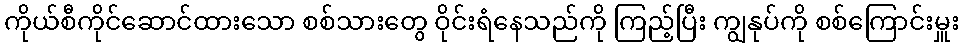
ကိုယ်စီကိုင်ဆောင်ထားသော စစ်သားတွေ ဝိုင်းရံနေသည်ကို ကြည့်ပြီး ကျွနုပ်ကို စစ်ကြောင်းမှူး